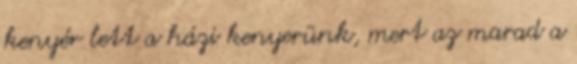
kenyér lett a házi kenyerünk, mert az marad a